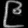
Digit: ၉